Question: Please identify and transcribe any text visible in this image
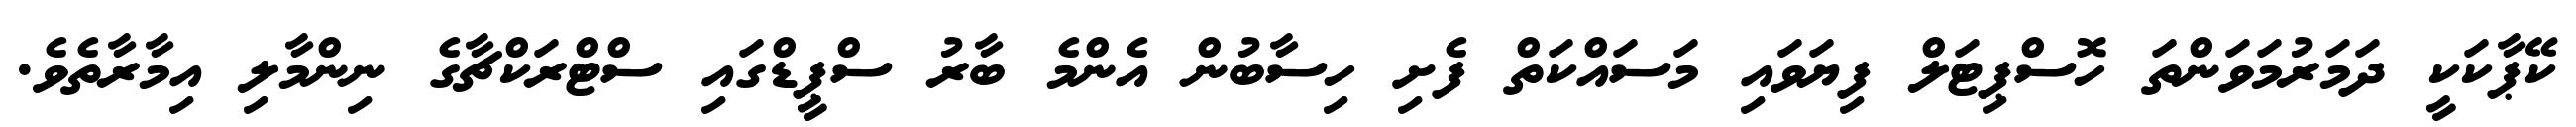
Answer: ކޭޕާކަކީ ދަމަރުމަވަންތަ ހޮސްޕިޓަލް ފިޔަވައި މަސައްކަތް ފެށި ހިސާބުން އެންމެ ބާރު ސްޕީޑްގައި ސްޓްރަކްޗާގެ ނިންމާލި އިމާރާތެވެ.